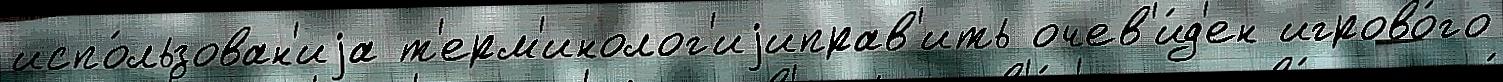
испо́льзован'иjа т'ерм'инолог'иjиправ'ить очев'и́д'ен игрово́го